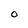
Character: O